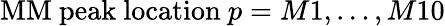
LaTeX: \mathrm{MM\ peak\ location\ }p=M1,\ldots,M10